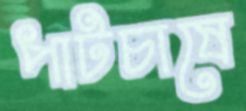
পাটচাষে